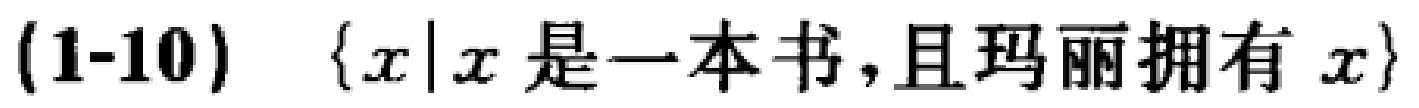
(1-10) \(\{x|x\text{ 是一本书，且玛丽拥有 }x\}\)